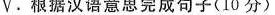
V。根据汉语意思完成句子(10分)